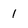
Character: 1